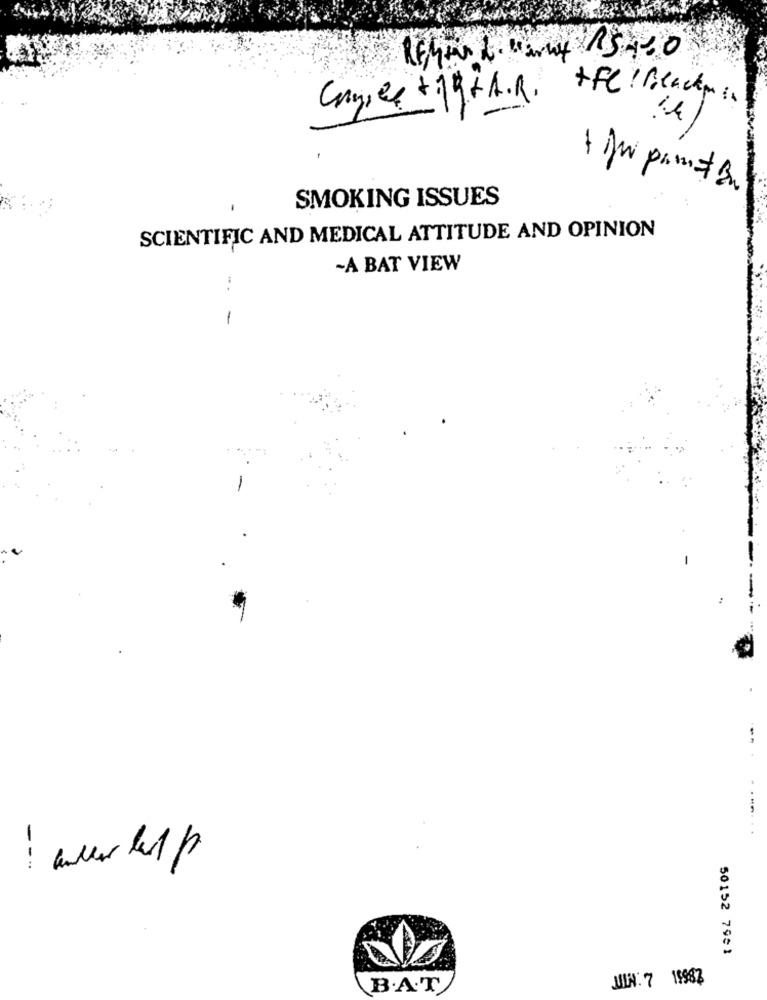
Camice +15+A.R.
+FC ! Blacky :
SMOKING ISSUES
SCIENTIFIC AND MEDICAL ATTITUDE AND OPINION
-A BAT VIEW
-
-
--
-
--
50152 7981
JUIN. 7 19987
B.A.T